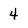
Character: 4